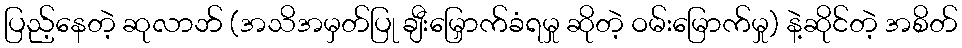
ပြည့်နေတဲ့ ဆုလာဘ် (အသိအမှတ်ပြု ချီးမြှောက်ခံရမှု ဆိုတဲ့ ဝမ်းမြောက်မှု) နဲ့ဆိုင်တဲ့ အစိတ်